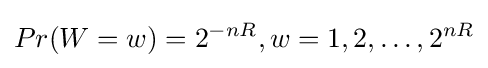
Pr(W=w)=2^{-nR},w=1,2,\dots ,2^{nR}